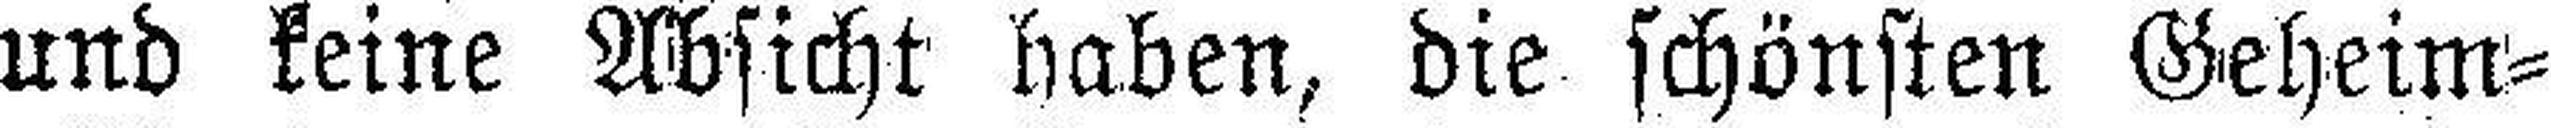
und keine Absicht haben, die schönsten Geheim¬